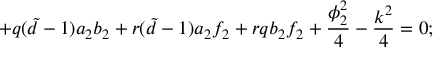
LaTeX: + q ( { \tilde { d } } - 1 ) a _ { 2 } b _ { 2 } + r ( { \tilde { d } } - 1 ) a _ { 2 } f _ { 2 } + r q b _ { 2 } f _ { 2 } + \frac { \phi _ { 2 } ^ { 2 } } { 4 } - \frac { k ^ { 2 } } { 4 } = 0 ;